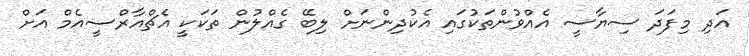
އަދި މިފަދަ ސިޔާސީ އެއްވުންތަކުގައި އެކުދިންނަށް ލިބޭ ގެއްލުން ތަކަކީ އެޗްއާރްސީއެމް އަށް